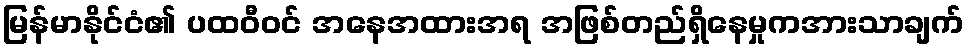
မြန်မာနိုင်ငံ၏ ပထဝီဝင် အနေအထားအရ အဖြစ်တည်ရှိနေမှုကအားသာချက်